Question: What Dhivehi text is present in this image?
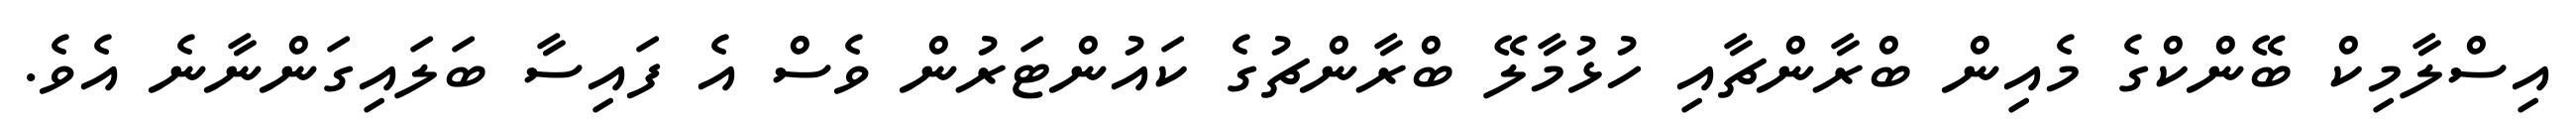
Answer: އިސްލާމިކް ބޭންކްގެ މެއިން ބްރާންޗާއި ހުޅުމާލޭ ބްރާންޗުގެ ކައުންޓަރުން ވެސް އެ ފައިސާ ބަލައިގަންނާނެ އެވެ.